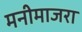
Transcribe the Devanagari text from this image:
मनीमाजरा